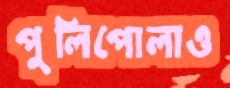
পুলিপোলাও